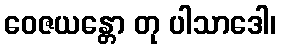
ဝေဇယန္တော တု ပါသာဒေါ၊